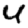
Digit: 4